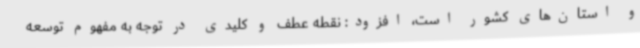
و استان‌های کشور است، افزود: نقطه عطف و کلیدی در توجه به مفهوم توسعه